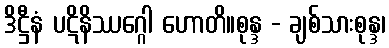
ဒိဋ္ဌီနံ ပဋိနိဿဂ္ဂေါ ဟောတိ။စုန္ဒ - ချစ်သားစုန္ဒ၊